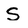
Character: S